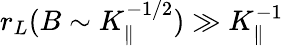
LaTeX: r_{L}(B\sim K_{\parallel}^{-1/2})\gg K_{\parallel}^{-1}